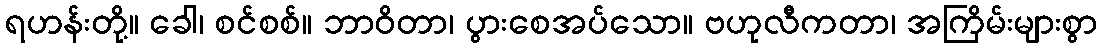
ရဟန်းတို့။ ခေါ၊ စင်စစ်။ ဘာဝိတာ၊ ပွားစေအပ်သော။ ဗဟုလီကတာ၊ အကြိမ်းများစွာ